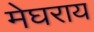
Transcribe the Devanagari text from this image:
मेघराय